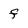
Character: f